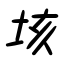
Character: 垓